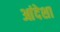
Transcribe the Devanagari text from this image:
आंदेशा